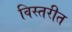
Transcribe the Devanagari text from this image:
विस्तरीत